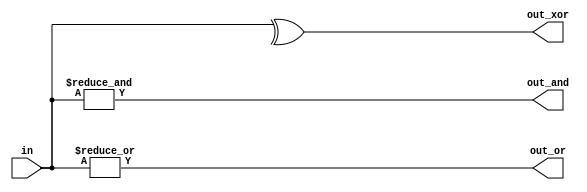
/*
There are 3 outputs:

out_and: output of a 100-input AND gate.
out_or: output of a 100-input OR gate.
out_xor: output of a 100-input XOR gate.
*/

module top_module( 
    input [99:0] in,
    output out_and,
    output out_or,
    output out_xor 
);

    assign out_and = &in;
    assign out_or  = |in;
    assign out_xor = ^in;
    
endmodule